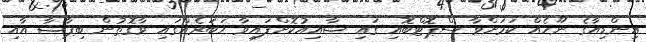
އިންޑިއާގެ ނޫހެއް ކަމަށްވާ ސްޕޮޓްބޮއި ގައި ޝާއިއުކޮށްފައިވާ ޚަބަރެއްގައި ވާގޮތުން ބިޕާޝާ އާއި